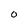
Character: o